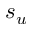
s _ { u }